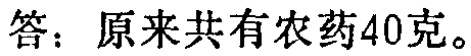
答：原来共有农药40克。